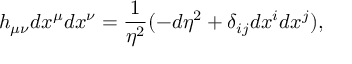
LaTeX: h _ { \mu \nu } d x ^ { \mu } d x ^ { \nu } = \frac { 1 } { \eta ^ { 2 } } ( - d \eta ^ { 2 } + \delta _ { i j } d x ^ { i } d x ^ { j } ) ,